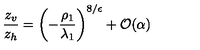
\frac { z _ { v } } { z _ { h } } = \left( - \frac { \rho _ { 1 } } { \lambda _ { 1 } } \right) ^ { 8 / \epsilon } + { \cal O } ( \alpha )